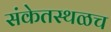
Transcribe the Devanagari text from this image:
संकेतस्थळच